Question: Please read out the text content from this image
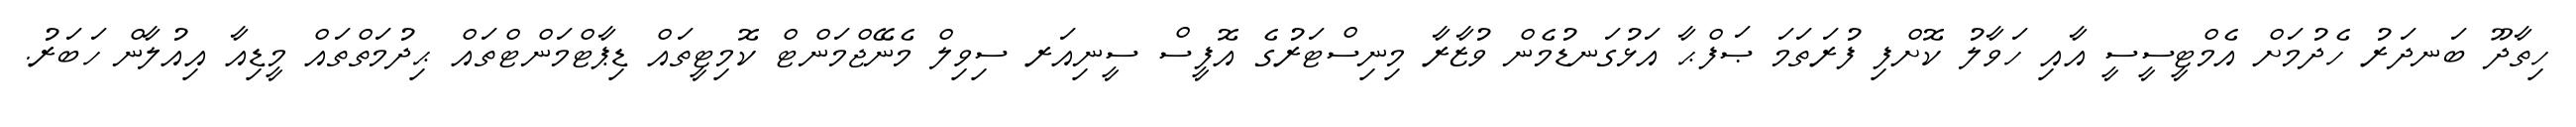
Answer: ހިތާދޫ ބަނދަރު ހެދުމަށް އެމްޓީސީސީ އާއި ހަވާލު ކޮށްފި ފުރަތަމަ ޞަފްޙާ އަޅުގަނޑުމެން ވުޒާރާ މިނިސްޓަރުގެ އޮފީސް ސީނިއަރ ސިވިލް މެނޭޖްމަންޓް ކޮމިޓީތައް ޑިޕާޓްމަންޓްތައް ޙިދުމަތްތައް މީޑިއާ އިއުލާން ހަބަރު.